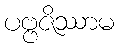
ပဗ္ဗဇိဿာမ